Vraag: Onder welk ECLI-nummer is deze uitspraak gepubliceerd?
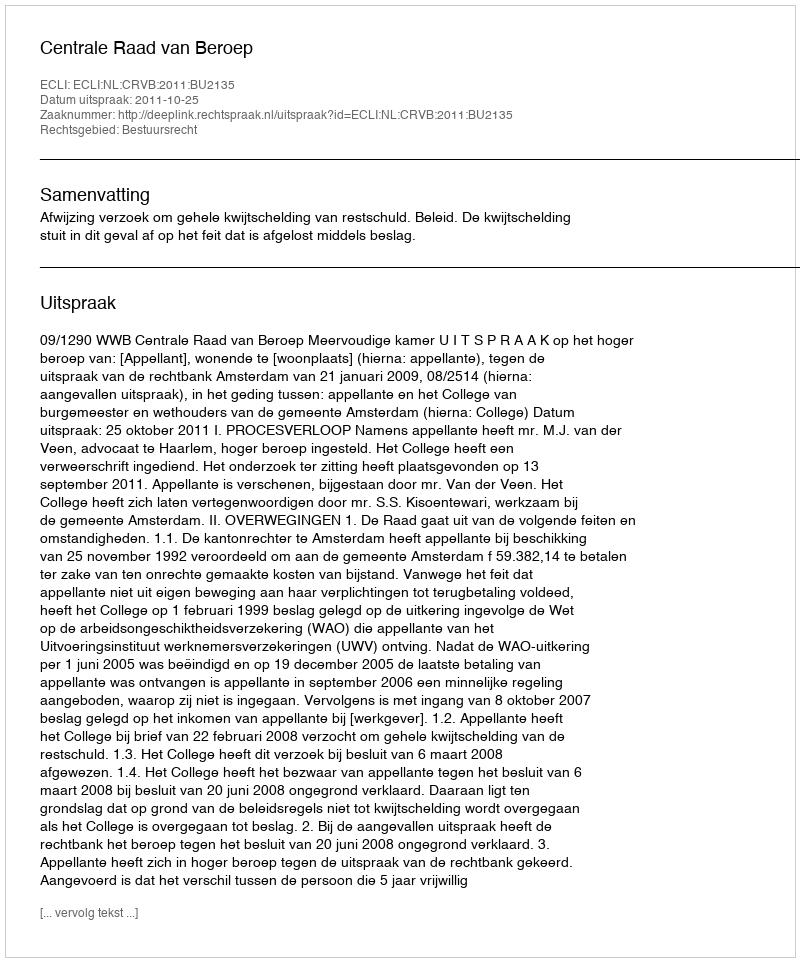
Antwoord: ECLI:NL:CRVB:2011:BU2135